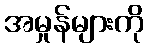
အမှုန်များကို